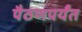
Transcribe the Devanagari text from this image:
पैठणपर्यंत